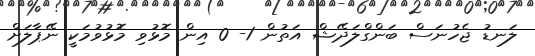
ލަނޑު ޖެހުނަސް ބަންގްލަދޭޝް އަތުން 1- 0 އިން މޮޅުވި މޮޅުވުމަކީ ނޭޕާލަށް